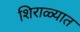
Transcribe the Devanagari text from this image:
शिराळ्यात